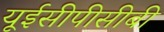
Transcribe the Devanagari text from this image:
यूईसीपीसीबी